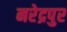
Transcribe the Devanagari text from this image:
नरेद्रपुर